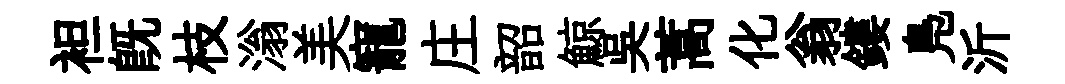
袒既枝滃美寵庄韶鯨吴蒿化翁鏤鳬沂